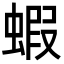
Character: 蝦